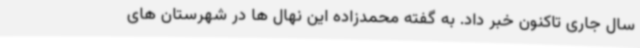
سال جاری تاکنون خبر داد. به گفته محمدزاده این نهال ها در شهرستان های